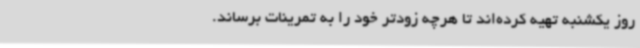
روز یکشنبه تهیه کرده‌اند تا هرچه زودتر خود را به تمرینات برساند.